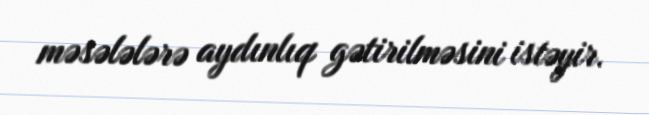
məsələlərə aydınlıq gətirilməsini istəyir.